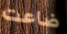
ضاعت